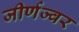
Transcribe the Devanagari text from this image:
जीर्णज्वर